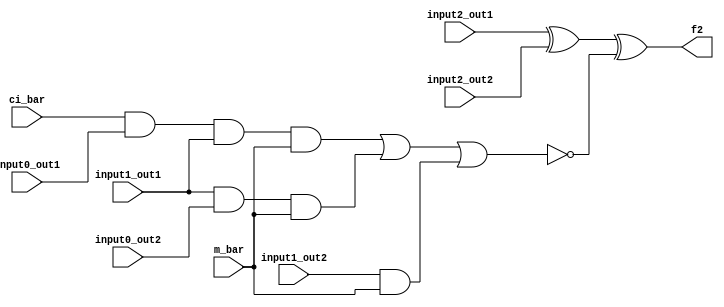
// This program was cloned from: https://github.com/JeffDeCola/my-verilog-examples
// License: MIT License

module out_section_f2 (
    input   m_bar,
    input   ci_bar,
    input   input2_out1,
    input   input2_out2,
    input   input1_out1,
    input   input1_out2,
    input   input0_out1,
    input   input0_out2,
    output  f2);

assign f2 = ((input2_out1 ^ input2_out2) ^ ~((ci_bar & input0_out1 & input1_out1 & m_bar) | (input1_out1 & input0_out2 & m_bar) | (input1_out2 & m_bar)));

endmodule